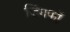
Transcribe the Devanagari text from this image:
जिंगफाॅ